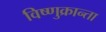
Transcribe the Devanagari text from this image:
विष्णुक्रान्ता